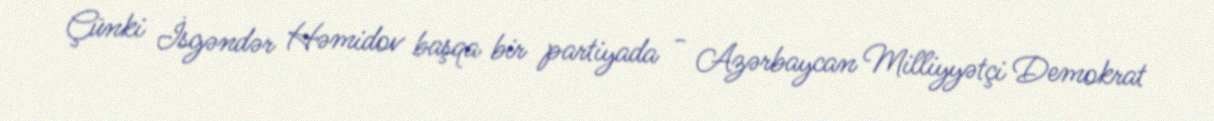
Çünki İsgəndər Həmidov başqa bir partiyada - Azərbaycan Milliyyətçi Demokrat